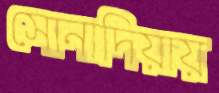
সোনাদিয়ায়